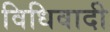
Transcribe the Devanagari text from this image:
विधिवादी